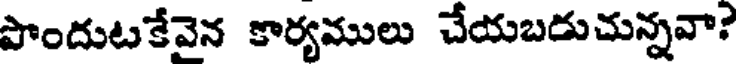
పొందుటకేవైన కార్యములు చేయబడుచున్నవా?